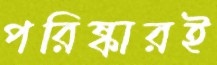
পরিষ্কারই